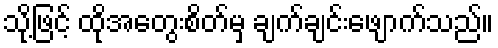
သို့ဖြင့် ထိုအတွေးစိတ်မှ ချက်ချင်းဖျောက်သည်။